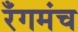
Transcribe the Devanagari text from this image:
रँगमंच